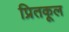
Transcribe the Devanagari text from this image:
प्रितकूल